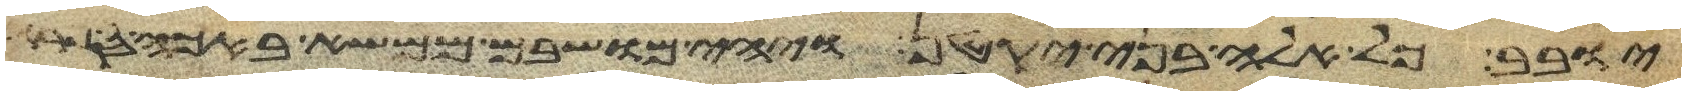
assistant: יובב כל אלה בני יקטן ויהי מושבם ממשא באכה ספרה